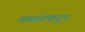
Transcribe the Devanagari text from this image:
शासनाकडुन